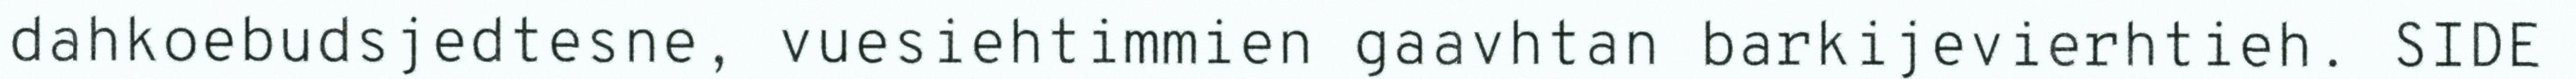
dahkoebudsjedtesne, vuesiehtimmien gaavhtan barkijevierhtieh. SIDE